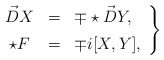
\begin{align*}\left. \begin{array}{ccl} \vec D X & = & \mp \star \vec D Y, \\ [0.07in]\star F & = & \mp i [X, Y], \end{array} \right\}\end{align*}